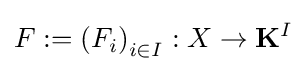
F:=\left(F_{i}\right)_{i\in I}:X\to \mathbf {K} ^{I}